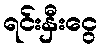
ရင်းနှီးငွေ